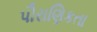
પૌરાણિકતા